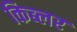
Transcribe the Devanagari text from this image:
किब्लर